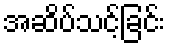
အဆိပ်သင့်ခြင်း